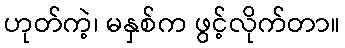
ဟုတ်ကဲ့၊ မနှစ်က ဖွင့်လိုက်တာ။